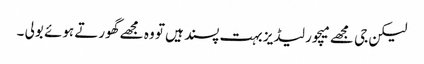
لیکن جی مجھے میچور لیڈیز بہت پسند ہیں تو وہ مجھے گھورتے ہوئے بولی ۔